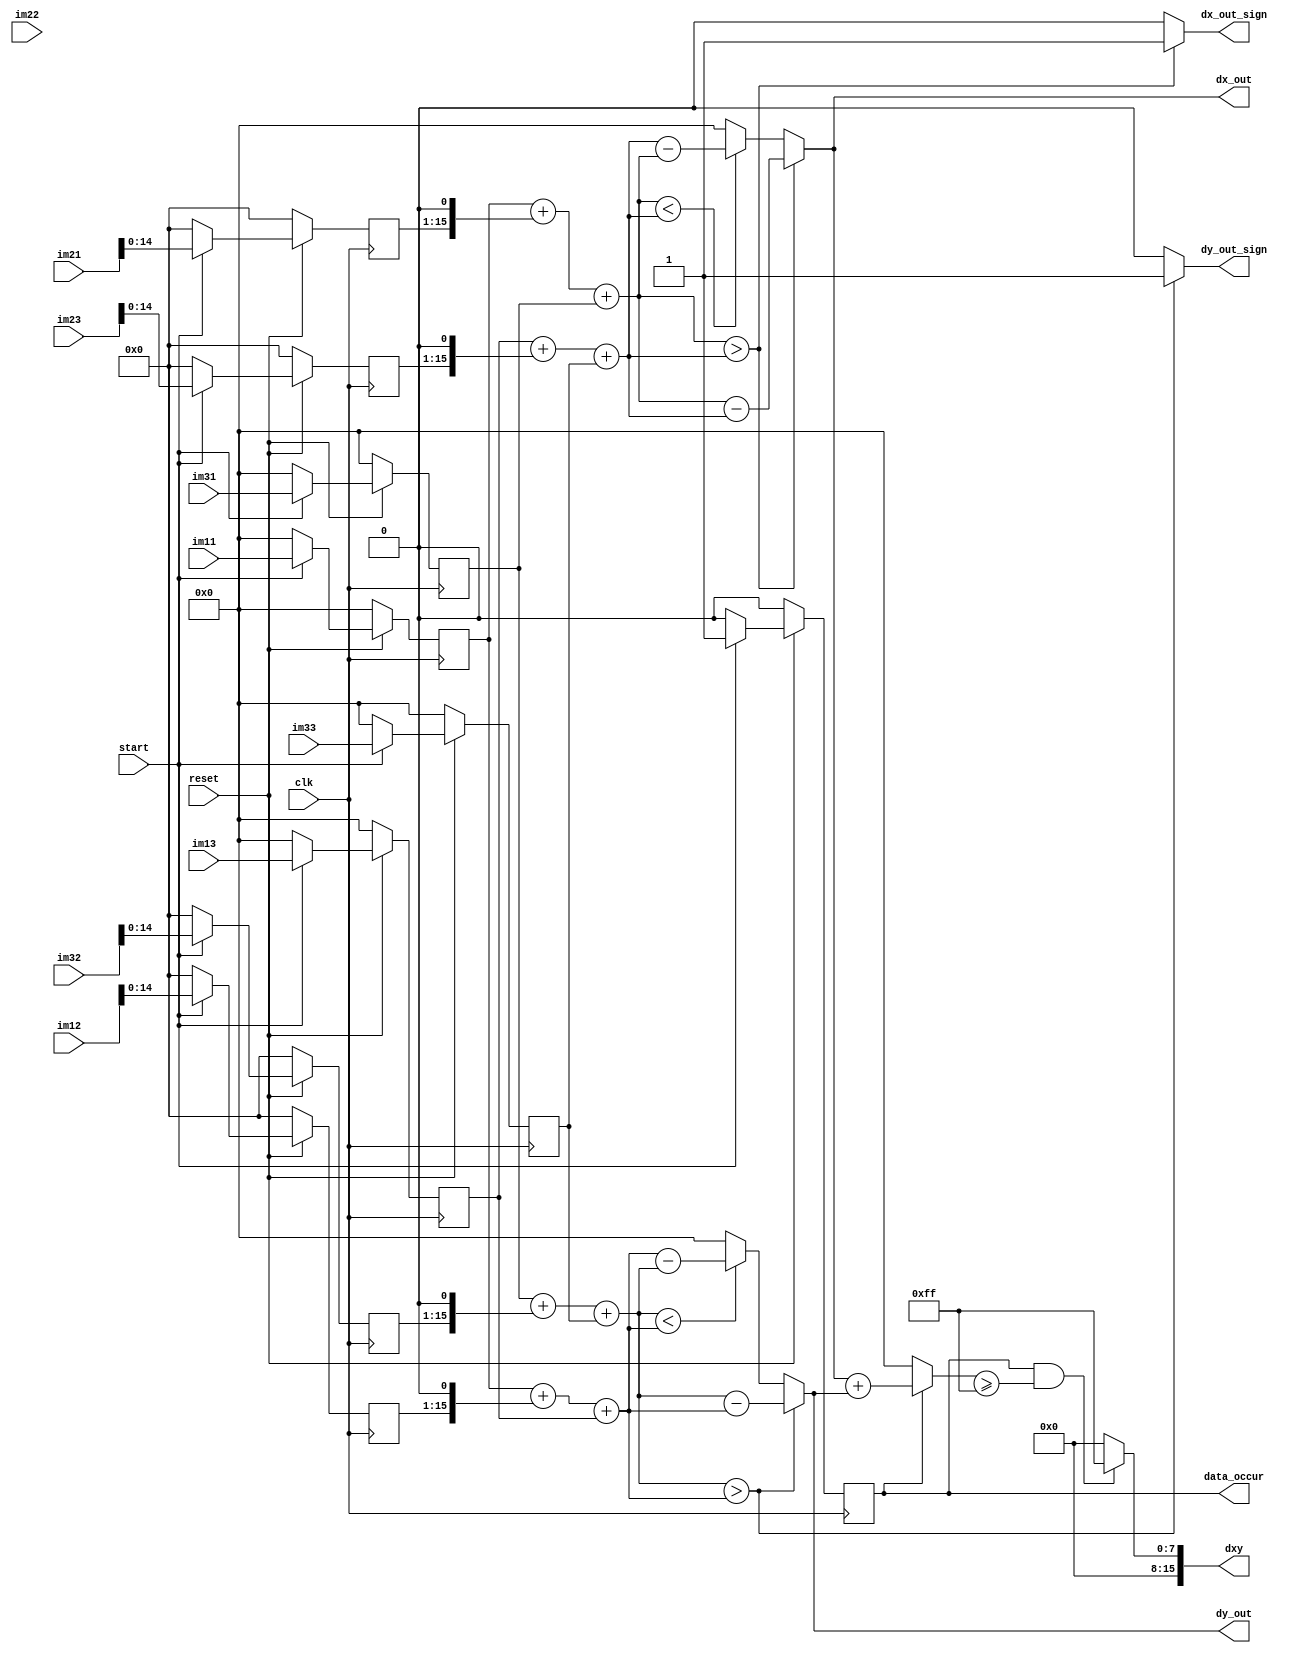
module canny(clk,
                 reset,
                 start,
                 im11,
                 im21,
                 im31,
                 im12,
                 im22,
                 im32,
                 im13,
                 im23,
                 im33,
                 dx_out,
                 dx_out_sign,
                 dy_out,
                 dy_out_sign,
                 dxy,
                 data_occur);
    
    
    
input clk;
input reset;
input start;

input [15:0]im11;
input [15:0]im12;
input [15:0]im13;

input [15:0]im21;
input [15:0]im22;
input [15:0]im23;

input [15:0]im31;
input [15:0]im32;
input [15:0]im33;

output [15:0]dx_out;
output dx_out_sign;

output [15:0]dy_out;
output dy_out_sign;
output [15:0]dxy;

output data_occur;

wire [15:0]dxy;
wire  [15:0]dx_out;
wire dx_out_sign;

wire  [15:0]dy_out;
wire dy_out_sign;



reg [15:0]im11t;
reg [15:0]im12t;
reg [15:0]im13t;

reg [15:0]im21t;
reg [15:0]im22t;
reg [15:0]im23t;

reg [15:0]im31t;
reg [15:0]im32t;
reg [15:0]im33t;



wire temp3x_sign;
wire [15:0]temp1x,temp2x,temp3x;

wire temp3y_sign;
wire [15:0]temp1y,temp2y,temp3y;



reg data_occur;
wire [15:0]reg_add;


              
              
assign dy_out=temp3y;
assign dy_out_sign=temp3y_sign;
assign temp1y=(im31t+(im32t << 1)+ im33t);
assign temp2y=(im11t+(im12t << 1)+ im13t);
assign temp3y=(temp1y > temp2y)?{temp1y-temp2y}:
              (temp1y < temp2y)?{temp2y-temp1y}:{16'd0};
     
assign temp3y_sign=(temp1y > temp2y)?1'b1:1'b0;
              
assign reg_add=(data_occur)?(dx_out+dy_out):16'd0;
assign dxy=(data_occur && reg_add >= 16'd255)?16'd255:16'd0;

assign dx_out=temp3x;
assign dx_out_sign=temp3x_sign;

assign temp1x=(im11t+(im21t << 1)+ im31t);
assign temp2x=(im13t+(im23t << 1)+ im33t);

assign temp3x=(temp1x > temp2x)?{temp1x-temp2x}:
              (temp1x < temp2x)?{temp2x-temp1x}:{16'd0};
           
assign temp3x_sign=(temp1x > temp2x)?1'b1:1'b0;

              
              




always @(posedge clk)
begin 

if(~reset)
 
begin 
    im11t<=16'd0;
    im21t<=16'd0;
    im31t<=16'd0;
    im12t<=16'd0;
    im22t<=16'd0;
    im32t<=16'd0;
    im13t<=16'd0;
    im23t<=16'd0;
    im33t<=16'd0;
    data_occur<=1'b0;
end

else if(start )
begin 

    im11t<=im11;
    im21t<=im21;
    im31t<=im31;
    im12t<=im12;
    im22t<=im22;
    im32t<=im32;
    im13t<=im13;
    im23t<=im23;
    im33t<=im33;
    data_occur<=1'b1;    
end

else
begin
    im11t<=16'd0;
    im21t<=16'd0;
    im31t<=16'd0;
    im12t<=16'd0;
    im22t<=16'd0;
    im32t<=16'd0;
    im13t<=16'd0;
    im23t<=16'd0;
    im33t<=16'd0;
    data_occur<=1'b0;
    
end

end

endmodule